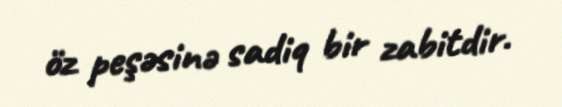
öz peşəsinə sadiq bir zabitdir.